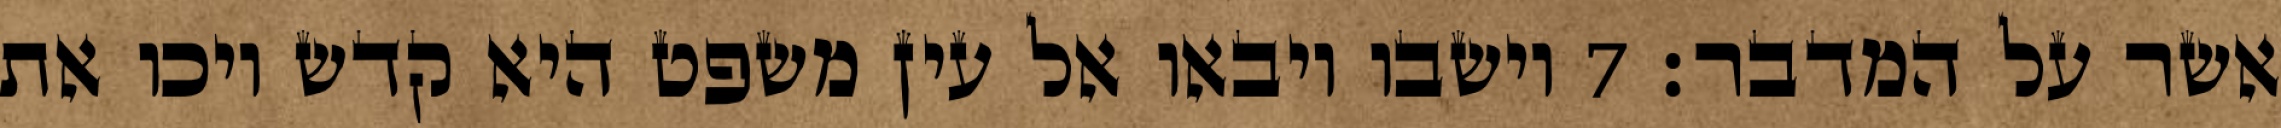
אשר על המדבר׃ ‎7‏ וישבו ויבאו אל עין משפט היא קדש ויכו את